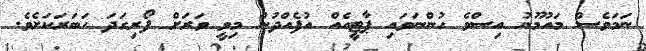
ނަމަވެސް މައުމޫނު އިސްވެ ހުންނަވައި ޕާޓީއެއް އުފެއްދުން މިވީ ވަރަށް ފޯރިގަދަ ހަބަރަކަށެވެ.